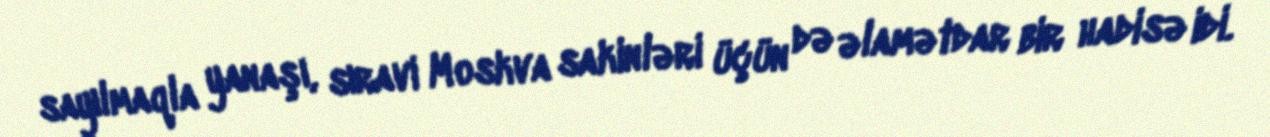
sayılmaqla yanaşı, sıravi Moskva sakinləri üçün də əlamətdar bir hadisə idi.